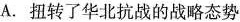
A.扭转了华北抗战的战略态势